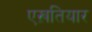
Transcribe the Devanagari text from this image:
एख़तियार